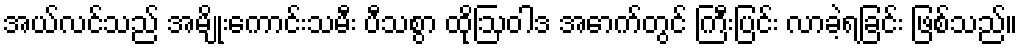
အယ်လင်သည် အမျိုးကောင်းသမီး ပီသစွာ ထိုဩဝါဒ အောက်တွင် ကြီးပြင်း လာခဲ့ရခြင်း ဖြစ်သည်။